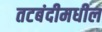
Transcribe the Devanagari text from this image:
तटबंदीमधील